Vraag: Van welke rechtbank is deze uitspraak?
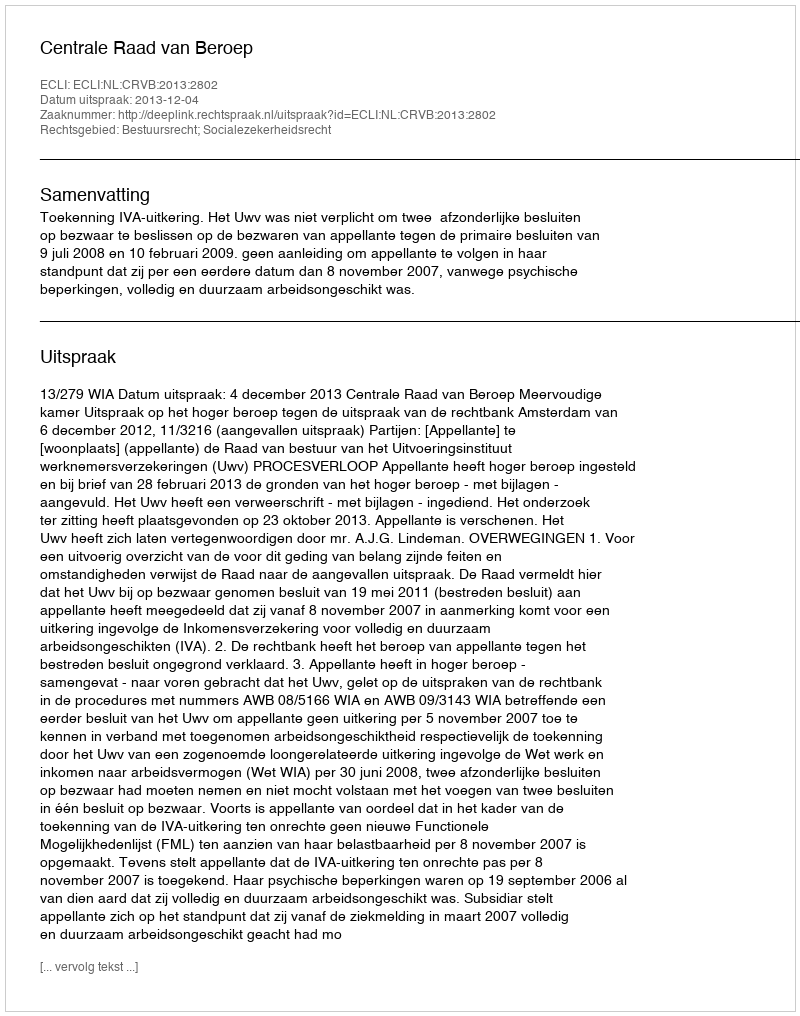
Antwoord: Centrale Raad van Beroep